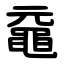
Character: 黿